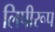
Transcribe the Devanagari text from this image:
लिपीरूप